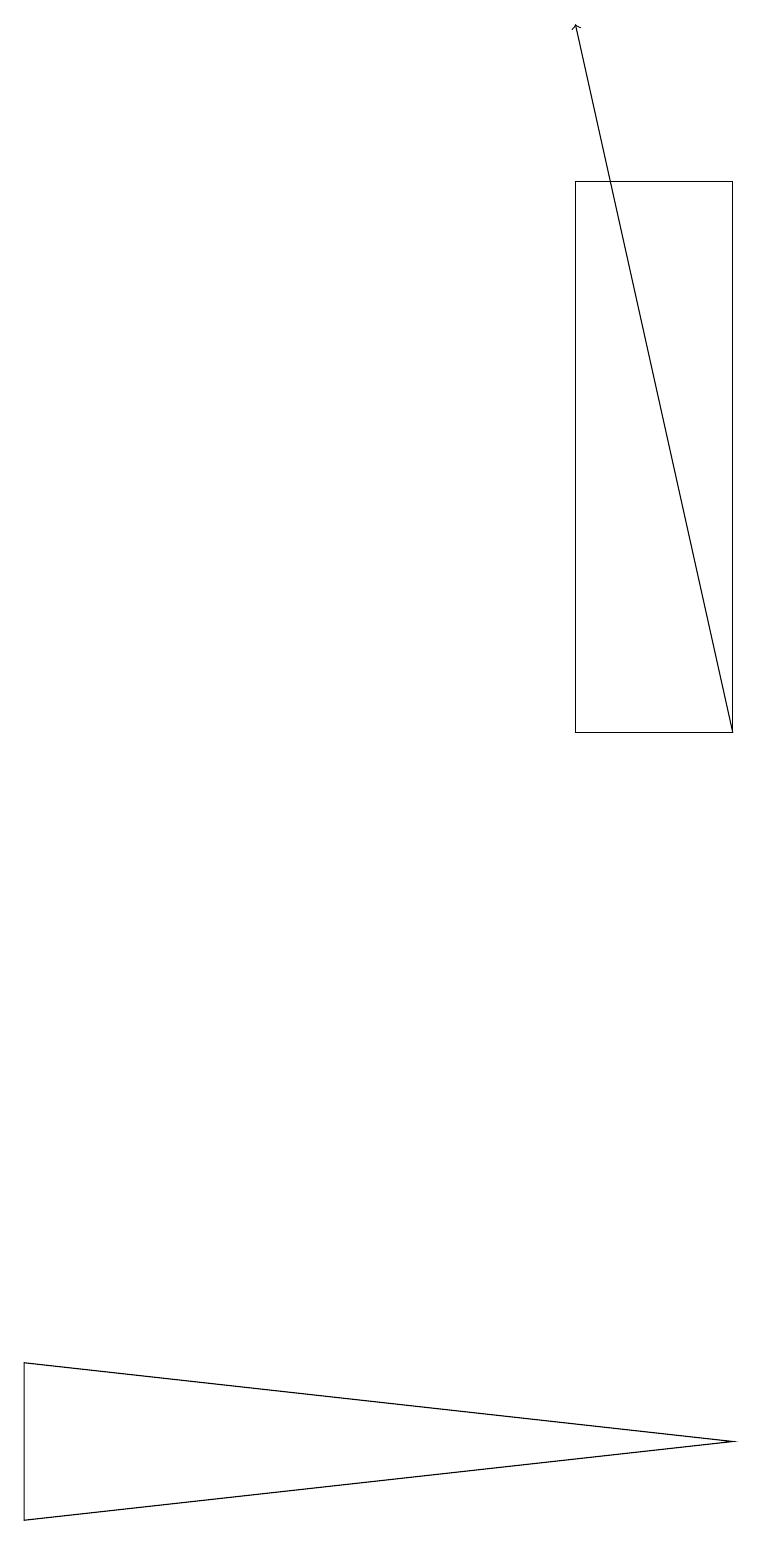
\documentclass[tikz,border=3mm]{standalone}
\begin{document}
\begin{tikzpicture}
\draw[->] (9,10) -- (7,19);
\draw (9,1) -- (0,0) -- (0,2) -- cycle;
\draw (7,10) rectangle (9,17);
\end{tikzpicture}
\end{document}